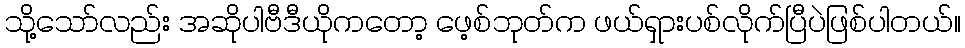
သို့သော်လည်း အဆိုပါဗီဒီယိုကတော့ ဖေ့စ်ဘုတ်က ဖယ်ရှားပစ်လိုက်ပြီပဲဖြစ်ပါတယ်။